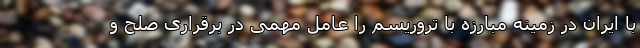
با ایران در زمینه مبارزه با تروریسم را عامل مهمی در برقراری صلح و